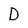
Character: D